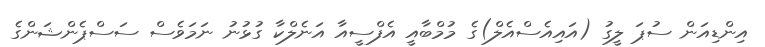
އިންޑިއަން ސުޕަ ލީގު (އައިއެސްއެލް)ގެ މުމްބާއީ އެފްސީއާ އަނެލްކާ ގުޅުނު ނަމަވެސް ސަސްޕެންޝަންގެ